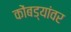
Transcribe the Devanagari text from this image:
कोंबड्यांवर